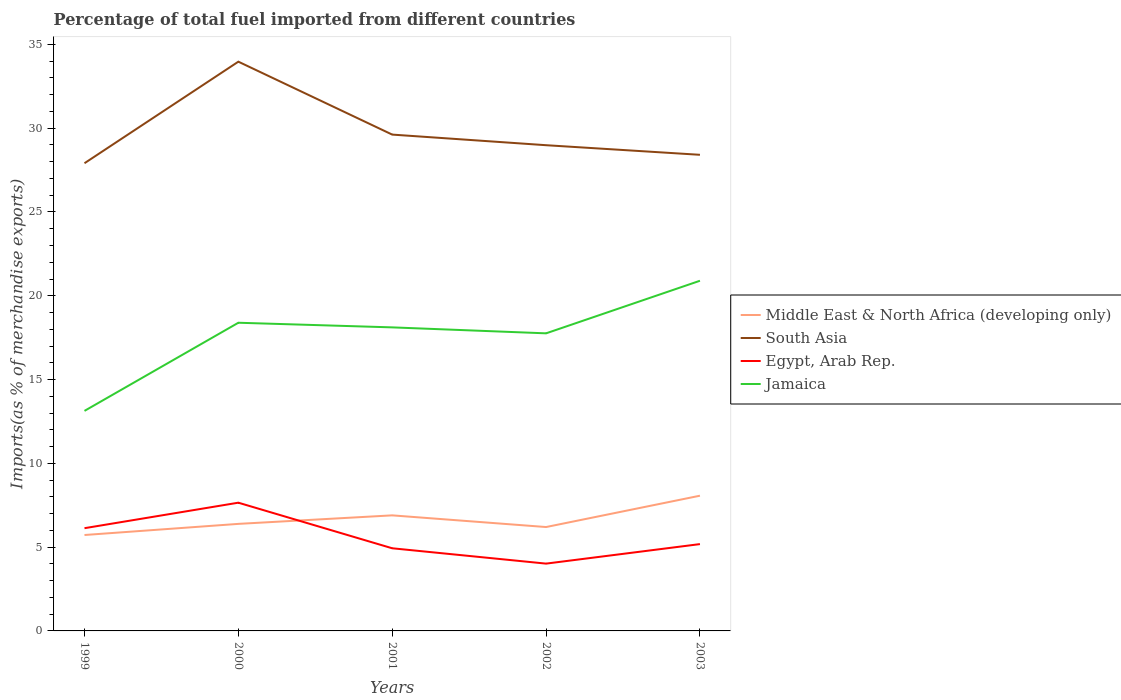
| Years | Middle East & North Africa (developing only) | South Asia | Egypt, Arab Rep. | Jamaica |
 | --- | --- | --- | --- | --- |
 | 1999 | 5.72 | 27.9 | 6.13 | 13.1 |
 | 2000 | 6.39 | 34 | 7.65 | 18.4 |
 | 2001 | 6.9 | 29.6 | 4.93 | 18.1 |
 | 2002 | 6.2 | 29 | 4.02 | 17.8 |
 | 2003 | 8.07 | 28.4 | 5.18 | 20.9 |